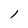
Character: l